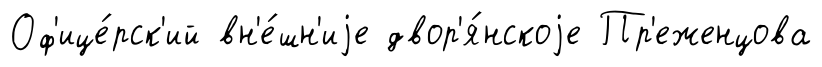
Оф'ице́рск'ий вн'е́шн'иjе двор'я́нскоjе Пр'еженцова